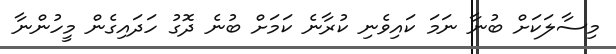
މިސާލަކަށް ބުނާ ނަމަ ކައިވެނި ކުރާނެ ކަމަށް ބުނެ ދޮގު ހަދައިގެން މީހުންނާ